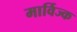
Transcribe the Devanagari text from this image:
मार्विज्क